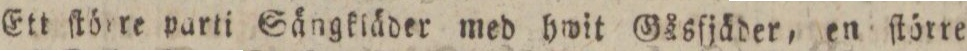
Ett ſtörre parti Sängkläder med hwit Gåsſjäder, en ſtörre